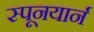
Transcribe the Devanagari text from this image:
स्पूनयार्न